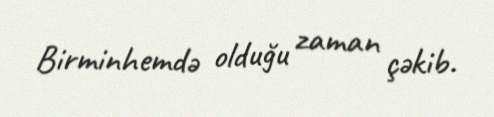
Birminhemdə olduğu zaman çəkib.